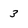
Character: 3